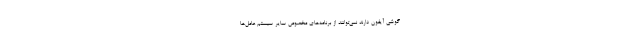
گوشی آیفون دارند نمی‌توانند از برنامه‌های مخصوص سایر سیستم‌ عامل‌ها